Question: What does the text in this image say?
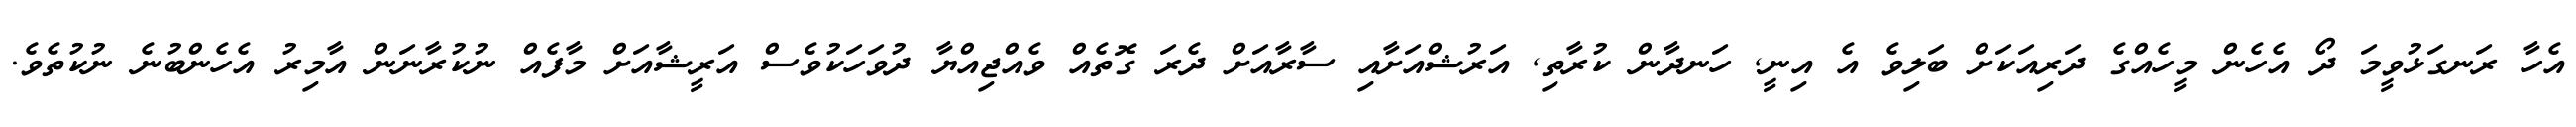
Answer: އެހާ ރަނގަޅުވީމަ ދޯ އެހެން މީހެއްގެ ދަރިއަކަށް ބަލިވެ އެ އިނީ, ހަނދާން ކުރާތި, އަރުޝްއަށާއި ސާރާއަށް ދެރަ ގޮތެއް ވެއްޖިއްޔާ ދުވަހަކުވެސް އަރީޝާއަށް މާފެއް ނުކުރާނަން އާމިރު އެހެންބުނެ ނުކުތެވެ.